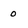
Character: o